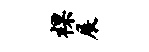
裸展